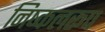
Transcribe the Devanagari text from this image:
निष्कलरूप